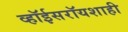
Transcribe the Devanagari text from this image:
व्हॉईसरॉयशाही